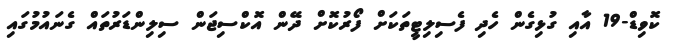
ކޮވިޑް-19 އާއި ގުޅިގެން ހެދި ފެސިލިޓީތަކަށް ފޯރުކޮށް ދޭން އޮކްސިޖަން ސިލިންޑަރުތައް ގެނައުމުގައި